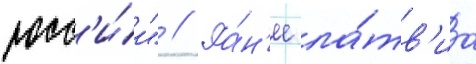
росс'и́и" // Ра́н'ее ла́тв'иа